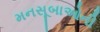
મનસૂબાઓની